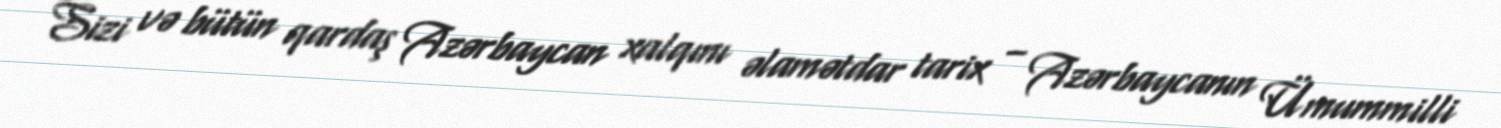
Sizi və bütün qardaş Azərbaycan xalqını əlamətdar tarix – Azərbaycanın Ümummilli